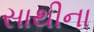
સાથીના